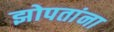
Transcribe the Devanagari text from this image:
झोपतांना